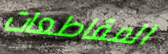
المقاطعات